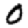
Digit: 0